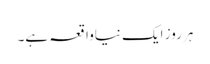
ہر روز ایک نیاواقعہ ہے۔